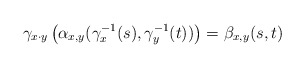
\begin{align*}\gamma_{x\cdot y}\left(\alpha_{x,y}(\gamma^{-1}_x(s),\gamma^{-1}_{y}(t))\right)=\beta_{x,y}(s,t)\end{align*}